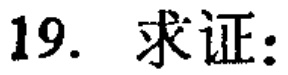
19. 求证: